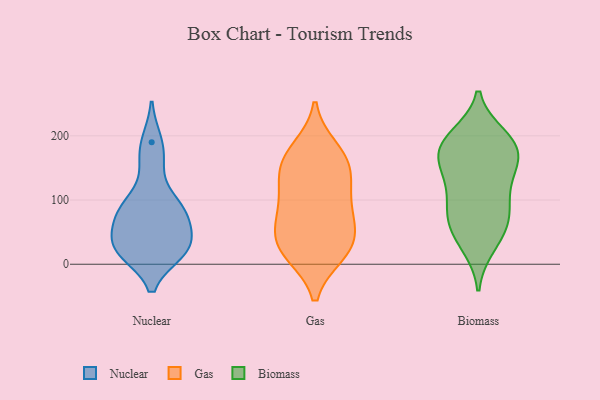
{"axis": {"x": "Website Visitors", "y": "Value"}, "legend": ["Biomass", "Gas", "Nuclear"], "data": [{"x": "", "y": 30, "type": "Nuclear"}, {"x": "", "y": 22, "type": "Nuclear"}, {"x": "", "y": 190, "type": "Nuclear"}, {"x": "", "y": 85, "type": "Nuclear"}, {"x": "", "y": 20, "type": "Nuclear"}, {"x": "", "y": 23, "type": "Nuclear"}, {"x": "", "y": 158, "type": "Nuclear"}, {"x": "", "y": 79, "type": "Nuclear"}, {"x": "", "y": 39, "type": "Nuclear"}, {"x": "", "y": 91, "type": "Nuclear"}, {"x": "", "y": 79, "type": "Nuclear"}, {"x": "", "y": 164, "type": "Gas"}, {"x": "", "y": 152, "type": "Gas"}, {"x": "", "y": 17, "type": "Gas"}, {"x": "", "y": 61, "type": "Gas"}, {"x": "", "y": 25, "type": "Gas"}, {"x": "", "y": 127, "type": "Gas"}, {"x": "", "y": 116, "type": "Gas"}, {"x": "", "y": 19, "type": "Gas"}, {"x": "", "y": 29, "type": "Gas"}, {"x": "", "y": 179, "type": "Gas"}, {"x": "", "y": 61, "type": "Gas"}, {"x": "", "y": 162, "type": "Gas"}, {"x": "", "y": 98, "type": "Gas"}, {"x": "", "y": 73, "type": "Gas"}, {"x": "", "y": 136, "type": "Biomass"}, {"x": "", "y": 200, "type": "Biomass"}, {"x": "", "y": 192, "type": "Biomass"}, {"x": "", "y": 136, "type": "Biomass"}, {"x": "", "y": 74, "type": "Biomass"}, {"x": "", "y": 174, "type": "Biomass"}, {"x": "", "y": 172, "type": "Biomass"}, {"x": "", "y": 157, "type": "Biomass"}, {"x": "", "y": 93, "type": "Biomass"}, {"x": "", "y": 163, "type": "Biomass"}, {"x": "", "y": 77, "type": "Biomass"}, {"x": "", "y": 195, "type": "Biomass"}, {"x": "", "y": 75, "type": "Biomass"}, {"x": "", "y": 55, "type": "Biomass"}, {"x": "", "y": 189, "type": "Biomass"}, {"x": "", "y": 36, "type": "Biomass"}, {"x": "", "y": 115, "type": "Biomass"}, {"x": "", "y": 28, "type": "Biomass"}]}